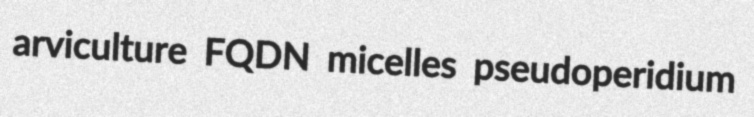
arviculture FQDN micelles pseudoperidium